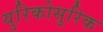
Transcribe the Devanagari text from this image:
युरिकोसुरिक